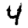
Digit: 4